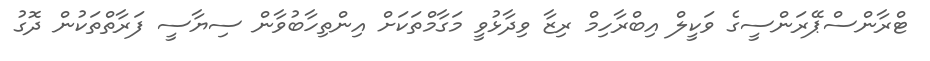
ޓްރާންސްޕޭރަންސީގެ ވަކީލް އިބްރާހިމް ރިޒާ ވިދާޅުވީ މަގާމްތަކަށް އިންތިހާބުވާން ސިޔާސީ ފަރާތްތަކުން ދޮގު